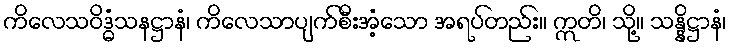
ကိလေသဝိဒ္ဓံသနဋ္ဌာနံ၊ ကိလေသာပျက်စီးအံ့သော အရပ်တည်း။ ဣတိ၊ သို့။ သန္နိဋ္ဌာနံ၊